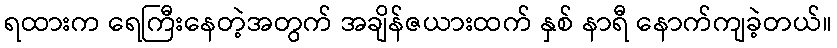
ရထားက ရေကြီးနေတဲ့အတွက် အချိန်ဇယားထက် နှစ် နာရီ နောက်ကျခဲ့တယ်။